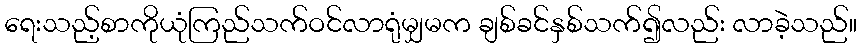
ရေးသည့်စာကိုယုံကြည်သက်ဝင်လာရုံမျှမက ချစ်ခင်နှစ်သက်၍လည်း လာခဲ့သည်။